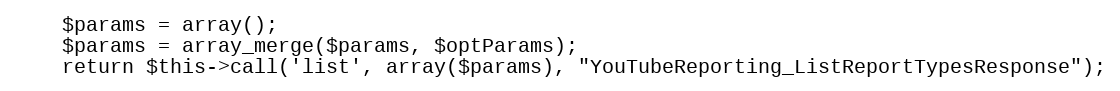
Language: PHP
    $params = array();
    $params = array_merge($params, $optParams);
    return $this->call('list', array($params), "YouTubeReporting_ListReportTypesResponse");